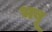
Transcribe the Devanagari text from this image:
भबू